Scientific memoirs by medical officers of the Army of India - Part XII,
Year: 1901
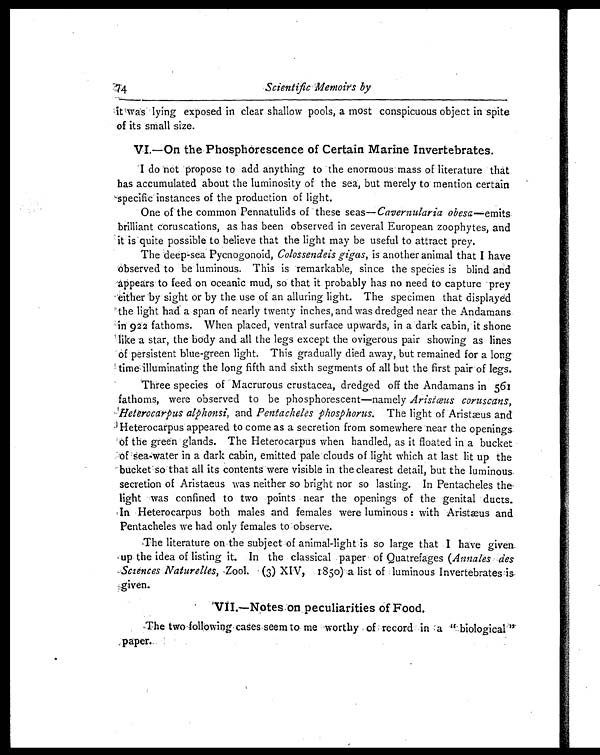
74
Scientific Memoirs by
it was lying exposed in clear shallow pools, a most conspicuous object in spite
of its small size.
VI.—On the Phosphorescence of Certain Marine Invertebrates.
I do not propose to add anything to the enormous mass of literature that
has accumulated about the luminosity of the sea, but merely to mention certain
specific instances of the production of light.
One of the common Pennatulids of these seas— Cavernularia obesa —emits
brilliant coruscations, as has been observed in several European zoophytes, and
it is quite possible to believe that the light may be useful to attract prey.
The deep-sea Pycnogonoid, Colossendeis gigas, is another animal that I have
observed to be luminous. This is remarkable, since the species is blind and
appears to feed on oceanic mud, so that it probably has no need to capture prey
either by sight or by the use of an alluring light. The specimen that displayed
the light had a span of nearly twenty inches, and was dredged near the Andamans
in 922 fathoms. When placed, ventral surface upwards, in a dark cabin, it shone
like a star, the body and all the legs except the ovigerous pair showing as lines
of persistent blue-green light. This gradually died away, but remained for a long
time illuminating the long fifth and sixth segments of all but the first pair of legs.
Three species of Macrurous crustacea, dredged off the Andamans in 561
fathoms, were observed to be phosphorescent—namely Aristœus coruscans,
Heterocarpus alphonsi, and Pentacheles phosphorus. The light of Aristæus and
Heterocarpus appeared to come as a secretion from somewhere near the openings
of the green glands. The Heterocarpus when handled, as it floated in a bucket
of sea-water in a dark cabin, emitted pale clouds of light which at last lit up the
bucket so that all its contents were visible in the clearest detail, but the luminous
secretion of Aristaeus was neither so bright nor so lasting. In Pentacheles the
light was confined to two points near the openings of the genital ducts.
In Heterocarpus both males and females were luminous : with Aristæus and
Pentacheles we had only females to observe.
The literature on the subject of animal-light is so large that I have given
up the idea of listing it. In the classical paper of Quatrefages ( Annales des
Sciences Naturelles, Zool. (3) XIV, 1850) a list of luminous Invertebrates is given.
VII.—Notes on peculiarities of Food.
The two following cases seem to me worthy of record in a "biological"
paper.